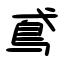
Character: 鳶